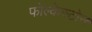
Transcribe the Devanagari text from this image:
फोल्केस्टोन